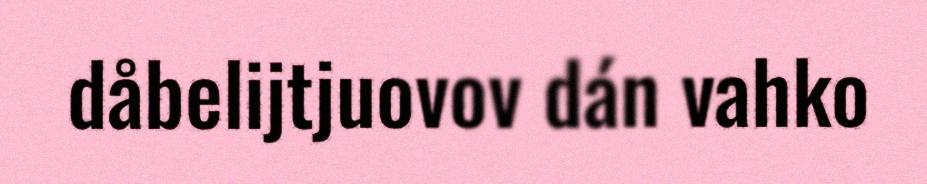
dåbelijtjuovov dán vahko